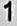
1